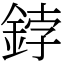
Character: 鋍